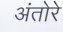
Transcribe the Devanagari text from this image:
अंतोरे